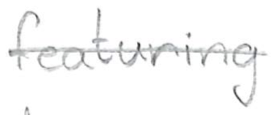
Text: featuring
Cross-out: single-line
Writing tool: pencil